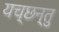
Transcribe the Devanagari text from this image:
यच्छन्तु